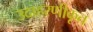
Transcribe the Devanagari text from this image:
उदाहरणीकृत